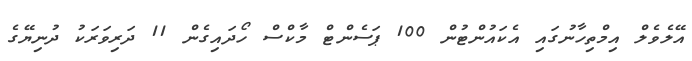
އޭލެވެލް އިމްތިހާނުގައި އެކައުންޓުން 100 ޕަސެންޓް މާކްސް ހޯދައިގެން 11 ދަރިވަރަކު ދުނިޔޭގެ